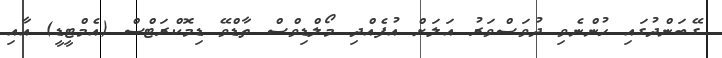
ގޭބަންދުގައި ހުންނެވި ދުވަސްވަރު އަލަށް އުފެއްދި މޯލްޑިވްސް ތާޑްވޭ ޑިމޮކްރަޓްސް (އެމްޓީޑީ) އާއި